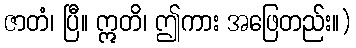
ဇာတံ၊ ပြီ။ ဣတိ၊ ဤကား အဖြေတည်း။)